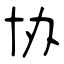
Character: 协